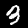
Digit: 3